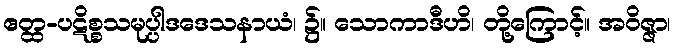
ဧတ္ထ-ပဋိစ္စသမုပ္ပါဒဒေသနာယံ၊ ၌။ သောကာဒီဟိ၊ တို့ကြောင့်။ အဝိဇ္ဇာ၊